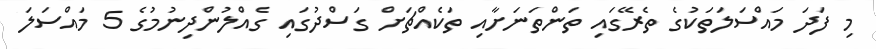
މި ފަދަ މައްސަލަތަކުގެ ތެރޭގައި ތަންތަނަށާއި ތަކެއްޗަށް ގަސްދުގައި ގެއްލުންދިނުމުގެ 5 މައްސަލަ